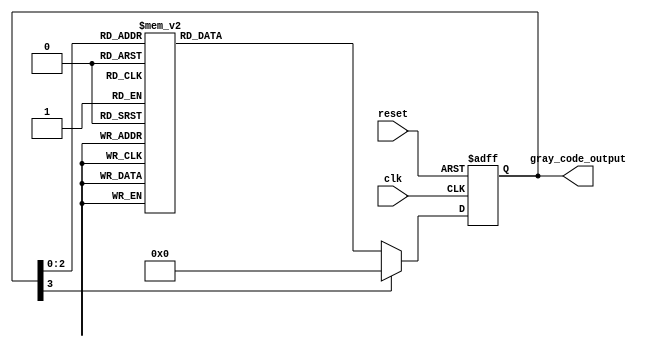
module GrayCodeRingCounter (
    input wire clk,
    input wire reset,
    output reg [3:0] gray_code_output
);

reg [3:0] gray_code_output_reg;

always @(posedge clk or posedge reset) begin
    if (reset) begin
        gray_code_output_reg <= 4'h0;
    end else begin
        case(gray_code_output_reg)
            4'h0: gray_code_output_reg <= 4'h1;
            4'h1: gray_code_output_reg <= 4'h3;
            4'h3: gray_code_output_reg <= 4'h2;
            4'h2: gray_code_output_reg <= 4'h6;
            4'h6: gray_code_output_reg <= 4'h4;
            4'h4: gray_code_output_reg <= 4'h5;
            4'h5: gray_code_output_reg <= 4'h7;
            4'h7: gray_code_output_reg <= 4'h0;
            default: gray_code_output_reg <= 4'h0;
        endcase
    end
end

assign gray_code_output = gray_code_output_reg;

endmodule